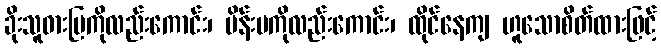
ခိုးသူဓားပြကိုလည်းကောင်း၊ မိန်းမကိုလည်းကောင်း၊ ထိုင်နေကျ ဟူသောစိတ်ထားဖြင့်